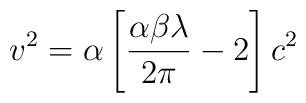
v^2=\alpha\left[\frac{\alpha\beta \lambda }{2\pi}-2\right]c^2